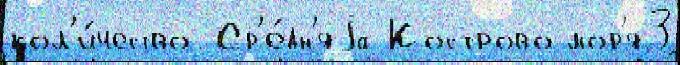
кол'и́чество Ср'е́дн'яjа Кострово мор'я3